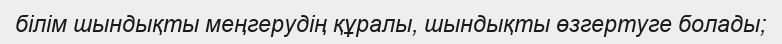
білім шындықты меңгерудің құралы, шындықты өзгертуге болады;